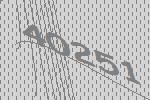
40251